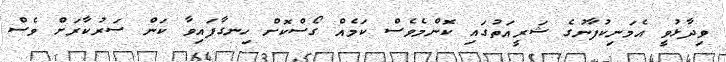
ވިދާޅުވީ އެމަނިކުފާނުގެ ޝަރީއަތުގައި ކޮންމެވެސް ކަމެއް ގޯސްކޮށް ހިނގާފައިވާ ކަން ސަރުކާރަށް ވެސް